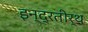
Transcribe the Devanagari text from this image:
इन्द्रतीर्थ